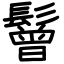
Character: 鬙